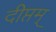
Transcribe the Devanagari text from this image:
दीप्तम्